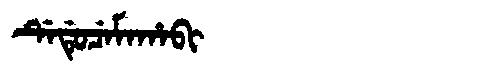
Manchu: ᡩᡝᡩᡠᠴᡝᠮᠠᡥᠠᠪᡳ
Romanization: DEDUCEMAHABI